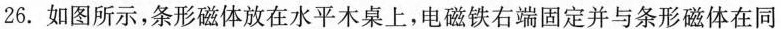
26.如图所示，条形磁体放在水平木桌上，电磁铁右端固定并与条形磁体在同